Civil Veterinary Dept. Bombay admin report 1932-41 - 1932-1941
Year: 1932
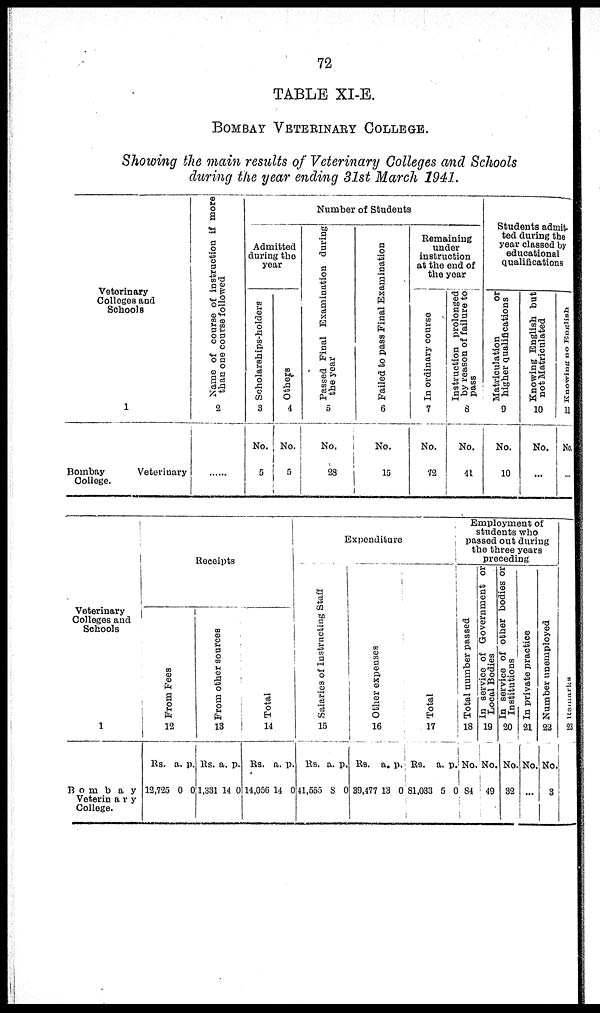
72
TABLE XI-E.
BOMBAY VETERINARY COLLEGE.
Showing the main results of Veterinary Colleges and Schools
during the year ending 31st March 2941.
Veterinary
Colleges and
Schools
1
Bombay
Veterinary
College.
Name
of course
of instruction if more
than one course followed
2
......
Number of Students
Admitted
during the
year
Scholarships-holders
3
No.
5
Others
4
No.
5
Passed Final Examination during
the year
5
No.
28
Failed to pass Final Examination
6
No.
15
Remaining
under
instruction
at the end of
the year
In ordinary course
7
No.
72
Instruction prolonged
by reason of failure to
pass
8
No.
41
Students admit-
ted during the
year classed by
educational
qualifications
Matriculation
or
higher qualifications
9
No.
10
Knowing English but
not Matriculated
10
No.
...
Knowing
no
English
11
No.
...
Veterinary
Colleges and
Schools
1
Bombay
Veterinary
College.
Receipts
Fr om Fees
12
Rs.
12,725
a.
0
p.
0
Fr om other sources
13
Rs.
1,331
a.
14
p.
0
Total
14
Rs.
14,056
a.
14
p.
0
Expenditure
Salaries of Instructing St af f
15
Rs.
41,555
a.
8
p.
0
Other expenses
16
Rs.
39,477
a.
13
p.
0
Total
17
Rs.
81,033
a.
5
p.
0
Employment of
preceding
Total number passed
18
No.
84
In service of Government or
Local Bodies
19
No.
49
In service of other bodies or
Institutions
20
No
32
In private practice
21
No.
...
Number unemployed
22
No.
3
Remarks
23